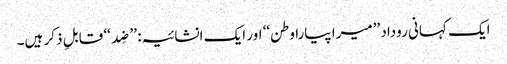
ایک کہانی روداد ’’میرا پیارا وطن‘‘ اور ایک انشائیہ: ’’ضِد‘‘ قابلِ ذکر ہیں۔